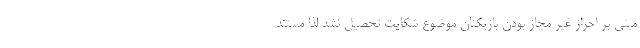
مبنی بر احراز غیر مجاز بودن بازیکنان موضوع شکایت تحصیل نشد لذا مستند